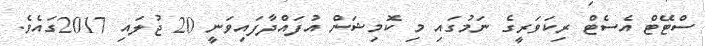
ސްޓޭޓް އެސެޓް ރިކަވަރީގެ ނަމުގައި މި ކޮމިޝަން އުފައްދާފައިވަނީ 20 ޖުލައި 2017ގައެވެ.